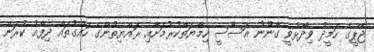
ޖޭޕީގެ ހަމީދު ވިދާޅުވީ ގާނޫނު އަސާސީ ހިމާޔަތްކުރުމަށާއި ރައްޔިތުންގެ ހައްގުތައް ދިފާއު ކުރަން